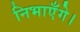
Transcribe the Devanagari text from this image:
निभाएँगे।